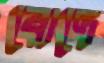
বোদে